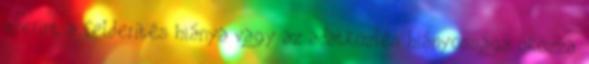
szerint a felderítés hiánya vagy az adatközlés hiányossága okozza